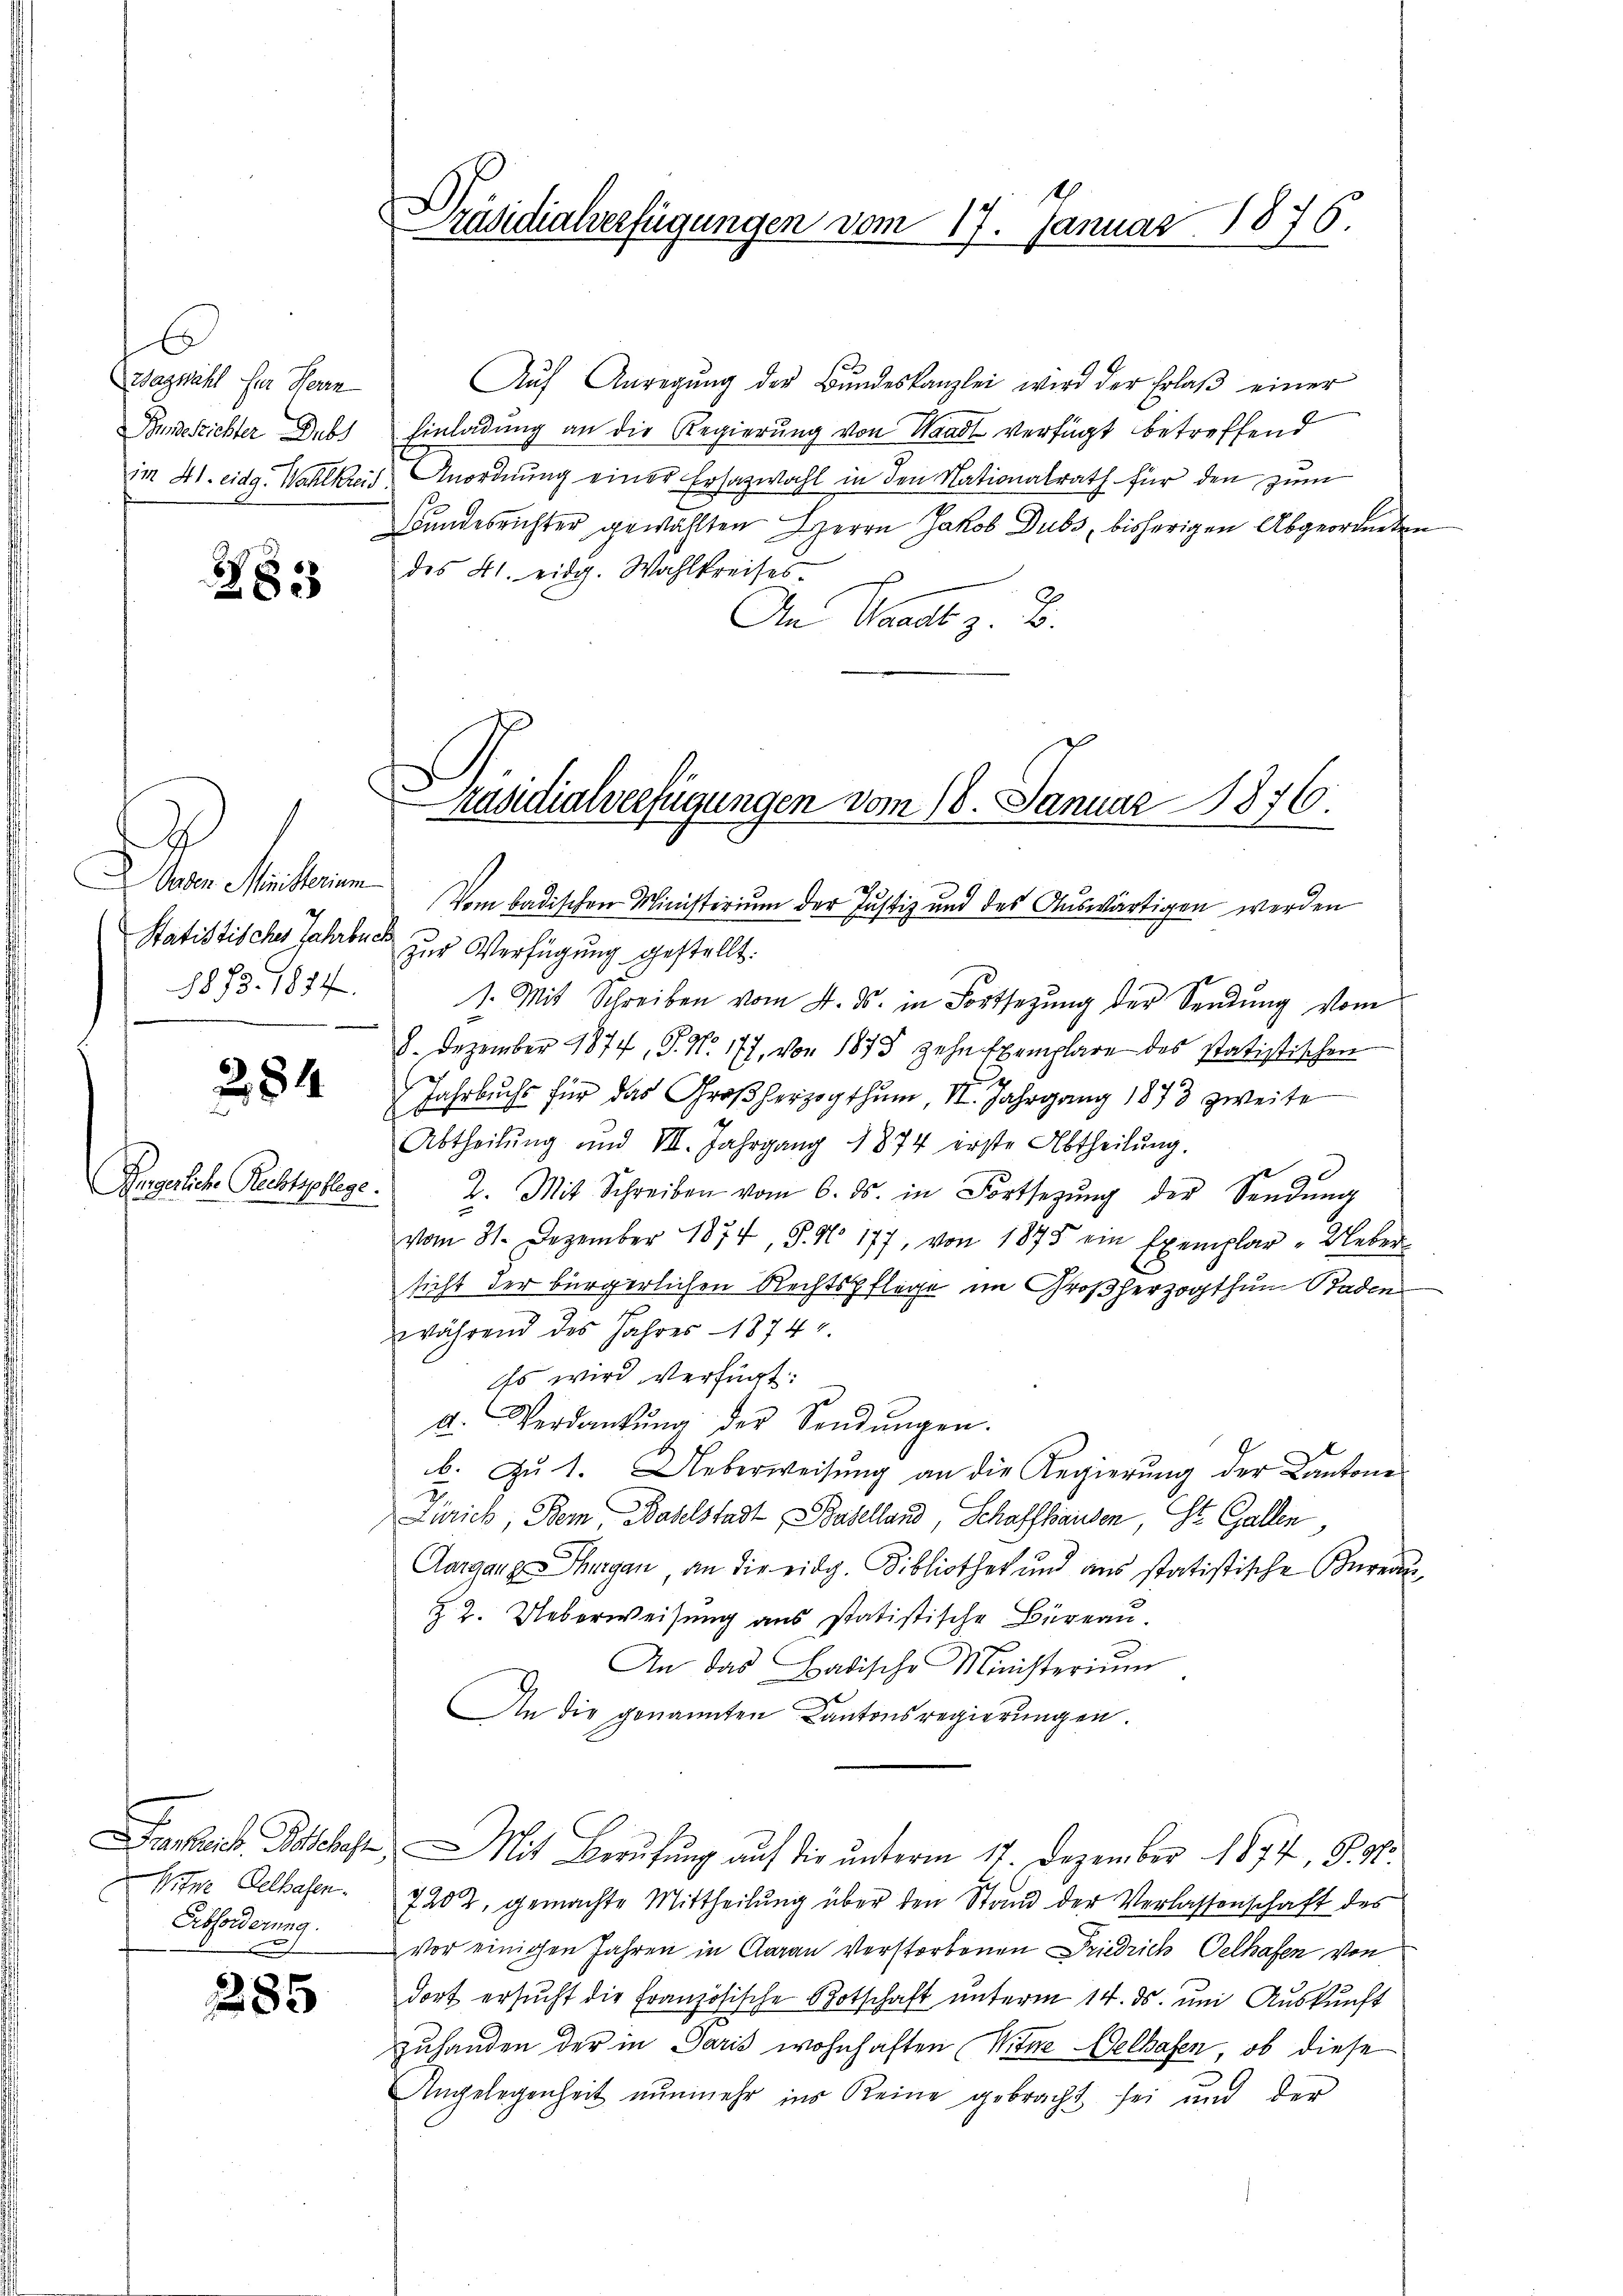
6
Zagnähl für Herrn

28

Warteten
Statistisches Jahrbuch
1878. 1874.

284
wred

Angerliche Rechtspflege.

Witwe Gelhafen.
Ebforderung.

285

Auf Anregung der Bundeskanzlei wird der Erlaß einer
Bundesrichter Dubs Einladung an die Regierŭng von Waadt verfügt betreffend
Im 41. eidg. Wahlkreis, Anordnung einer Ersazwahl in den Nationalrath für den zum
Bundesrichter gewählten Herrn Jakob Dubs, bisherigen Abgeordneten
des 4t. eidg. Wahlkreises
An Waadt z. B.
Vom badischen Ministerium der Justiz und des Auswärtigen werden
zŭr Verfügung gestellt.
1. Mit Schreiben vom 4. ds. in Fortsezung der Sendung vom
8. Dezember 1877, S. N. 177, von 1873 zehn Exemplare des statistischen
Jahrbuchs für das Großherzogthum, II. Jahrgang 1873 zweite
Abtheilŭng und VII. Jahrgang 1874 erste Abtheilŭng.
2. Mit Schreiben vom 6. ds. in Fortsetzŭng der Sendŭng
vom 31. Dezember 1874, S. No 177, von 1875 ein Exemplar Ueber
sicht der bürgerlichen Rechtspflege im Großherzogthum Baden
während des Jahres 18747.
Es wird verfügt:
d. Verdankŭng der Sendŭngen.
b. Zŭ 1. Ueberweisŭng an die Regierŭng der Cantone
Zürich, Bern, Baselstadt Baselland, Schaffhausen, St. Gallen,
Aargang Thurgau, an die eidg. Bibliothek und aus statistische Bereden,
z2. Ueberweisung aus statistische Büreau.
An das Badische Ministerium
An die genannten Kantonsregierungen.
Frankreis Schaft. Mit Berufung auf die unterm 17. Dezember 1874, S. 91.
7202. gemachte Mittheilung über den Stand der Verlassenschaft des
vor einigen Jahren in Aarau Verstorbenen Friedrich, Oelhafen von
dort ersucht die Französische Botschaft unterm 14. ds. um Auskunft
zuhanden der in Paris wohnhaften Witwe Oelhasen, ob diese
Angelegenheit nunmehr ins Keine gebracht, sei und der

Präsidialverfügungen vom 17. Januar 1876.

Präsidialverfügungen vom 18. Januar 1876.